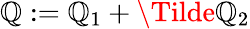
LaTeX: \mathbb{Q}:=\mathbb{Q}_{1}+\Tilde{\mathbb{Q}}_{2}